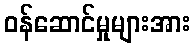
ဝန်ဆောင်မှုများအား